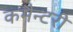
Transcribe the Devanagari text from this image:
कमैन्टरी